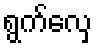
ရွက်လှေ